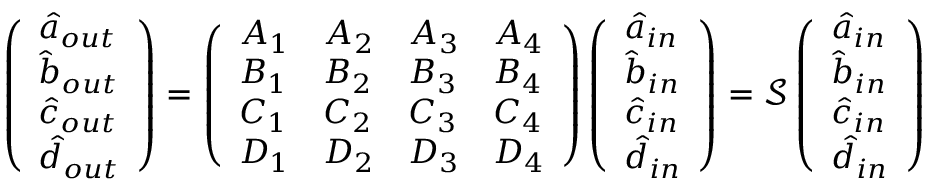
\left( \begin{array} { l } { \hat { a } _ { o u t } } \\ { \hat { b } _ { o u t } } \\ { \hat { c } _ { o u t } } \\ { \hat { d } _ { o u t } } \end{array} \right) = \left( \begin{array} { l l l l } { A _ { 1 } } & { A _ { 2 } } & { A _ { 3 } } & { A _ { 4 } } \\ { B _ { 1 } } & { B _ { 2 } } & { B _ { 3 } } & { B _ { 4 } } \\ { C _ { 1 } } & { C _ { 2 } } & { C _ { 3 } } & { C _ { 4 } } \\ { D _ { 1 } } & { D _ { 2 } } & { D _ { 3 } } & { D _ { 4 } } \end{array} \right) \left( \begin{array} { l } { \hat { a } _ { i n } } \\ { \hat { b } _ { i n } } \\ { \hat { c } _ { i n } } \\ { \hat { d } _ { i n } } \end{array} \right) = \mathcal { S } \left( \begin{array} { l } { \hat { a } _ { i n } } \\ { \hat { b } _ { i n } } \\ { \hat { c } _ { i n } } \\ { \hat { d } _ { i n } } \end{array} \right)